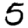
Digit: 5